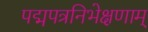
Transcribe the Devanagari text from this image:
पद्मपत्रनिभेक्षणाम्